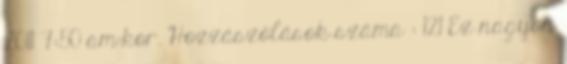
2011 7:50 am-kor. Hozzászólások száma : 121 Ez nagyon